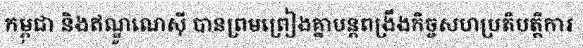
កម្ពុជា និងឥណ្ឌូណេស៊ី បានព្រមព្រៀងគ្នាបន្តពង្រឹងកិច្ចសហប្រតិបត្តិការ